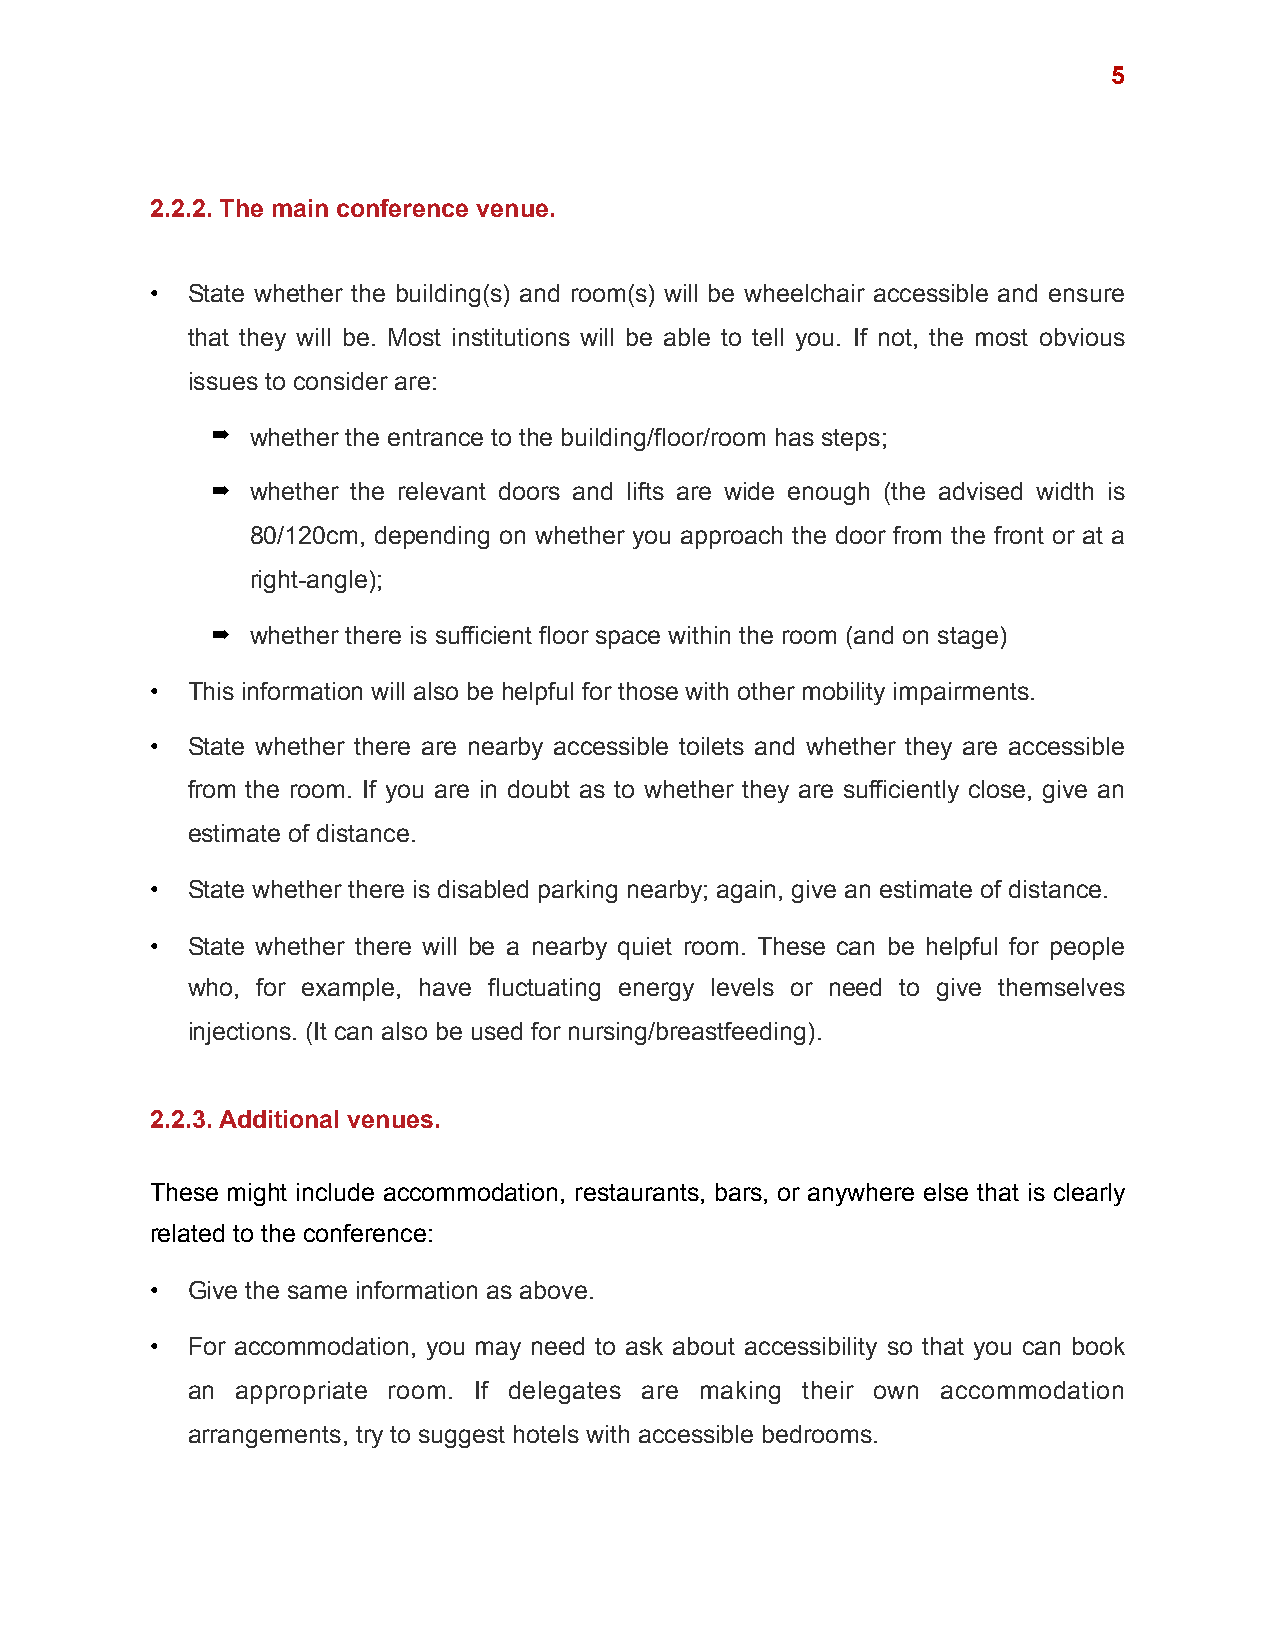
!5
 2.2.2. The main conference venue.
 • State whether the building(s) and room(s) will be wheelchair accessible and ensure
 that they will be. Most institutions will be able to tell you. If not, the most obvious
 issues to consider are:
 ➡  whether the entrance to the building/floor/room has steps;
 ➡  whether the relevant doors and lifts are wide enough (the advised width is
 80/120cm, depending on whether you approach the door from the front or at a
 right-angle);
 ➡  whether there is sufficient floor space within the room (and on stage)
 • This information will also be helpful for those with other mobility impairments.
 • State whether there are nearby accessible toilets and whether they are accessible
 from the room. If you are in doubt as to whether they are sufficiently close, give an
 estimate of distance.
 • State whether there is disabled parking nearby; again, give an estimate of distance.
 • State whether there will be a nearby quiet room. These can be helpful for people
 who, for example, have fluctuating energy levels or need to give themselves
 injections. (It can also be used for nursing/breastfeeding).
 2.2.3. Additional venues.
 These might include accommodation, restaurants, bars, or anywhere else that is clearly
 related to the conference:
 • Give the same information as above.
 • For accommodation, you may need to ask about accessibility so that you can book
 an  appropriate room. If delegates are making their own accommodation
 arrangements, try to suggest hotels with accessible bedrooms.